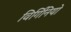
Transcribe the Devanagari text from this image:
विर्गिनियो